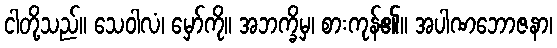
ငါတို့သည်။ သေဝါလံ၊ မှော်ကို။ အဘက္ခိမှ၊ စားကုန်၏။ အပါဏဘောဇနာ၊